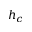
h _ { c }